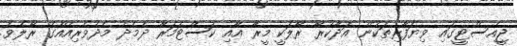
ޖީއެސްޓީގައި ވިޔަފާރިތަކުން އަދާކުރާ ރޯލަކީ މީރާ އާއި ކަސްޓަމަރާ ދެމެދު މެދުވެރިއެއްގެ ރޯލެވެ.